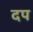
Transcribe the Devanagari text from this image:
दप